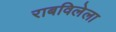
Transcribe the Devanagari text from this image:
राबविलेला